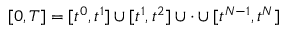
[ 0 , T ] = [ t ^ { 0 } , t ^ { 1 } ] \cup [ t ^ { 1 } , t ^ { 2 } ] \cup \cdot \cup [ t ^ { N - 1 } , t ^ { N } ]